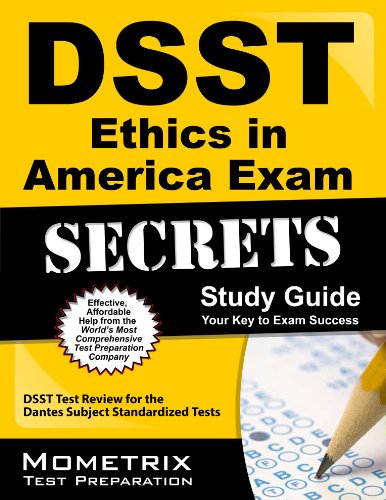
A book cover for DSST Ethics in America Exam Secrets Study Guide: DSST Test Review for the Dantes Subject Standardized Tests (DSST Secrets Study Guides); DSST Exam Secrets Test Prep Team; Test Preparation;